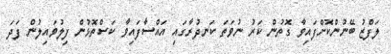
ލަފްޒު ބޭނުންކޮށްފައިވާ ގޮތުން ކަރު ނުވަތަ ކަނދުރާގައި އައްސާފައިވާ ކަސްތޮޅުން ފިލުވައިލުން ފަދަ